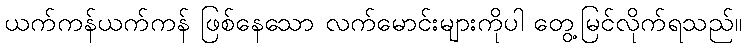
ယက်ကန်ယက်ကန် ဖြစ်နေသော လက်မောင်းများကိုပါ တွေ့မြင်လိုက်ရသည်။